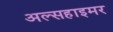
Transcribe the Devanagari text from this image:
अल्सहाइमर